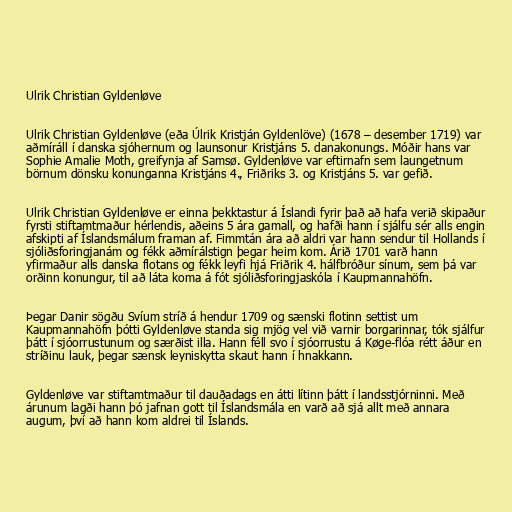
Ulrik Christian Gyldenløve

Ulrik Christian Gyldenløve (eða Úlrik Kristján Gyldenlöve) (1678 – desember 1719) var
aðmíráll í danska sjóhernum og launsonur Kristjáns 5. danakonungs. Móðir hans var
Sophie Amalie Moth, greifynja af Samsø. Gyldenløve var eftirnafn sem laungetnum
börnum dönsku konunganna Kristjáns 4., Friðriks 3. og Kristjáns 5. var gefið.

Ulrik Christian Gyldenløve er einna þekktastur á Íslandi fyrir það að hafa verið skipaður
fyrsti stiftamtmaður hérlendis, aðeins 5 ára gamall, og hafði hann í sjálfu sér alls engin
afskipti af Íslandsmálum framan af. Fimmtán ára að aldri var hann sendur til Hollands í
sjóliðsforingjanám og fékk aðmírálstign þegar heim kom. Árið 1701 varð hann
yfirmaður alls danska flotans og fékk leyfi hjá Friðrik 4. hálfbróður sínum, sem þá var
orðinn konungur, til að láta koma á fót sjóliðsforingjaskóla í Kaupmannahöfn.

Þegar Danir sögðu Svíum stríð á hendur 1709 og sænski flotinn settist um
Kaupmannahöfn þótti Gyldenløve standa sig mjög vel við varnir borgarinnar, tók sjálfur
þátt í sjóorrustunum og særðist illa. Hann féll svo í sjóorrustu á Køge-flóa rétt áður en
stríðinu lauk, þegar sænsk leyniskytta skaut hann í hnakkann.

Gyldenløve var stiftamtmaður til dauðadags en átti lítinn þátt í landsstjórninni. Með
árunum lagði hann þó jafnan gott til Íslandsmála en varð að sjá allt með annara
augum, því að hann kom aldrei til Íslands.